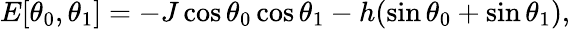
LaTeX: E[\theta_{0},\theta_{1}]=-J\cos\theta_{0}\cos\theta_{1}-h(\sin\theta_{0}+\sin\theta_{1}),